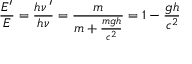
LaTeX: { \frac { E ^ { \prime } } { E } } = { \frac { h \nu \, ^ { \prime } } { h \nu } } = { \frac { m } { m + { \frac { m g h } { c ^ { 2 } } } } } = 1 - { \frac { g h } { c ^ { 2 } } }